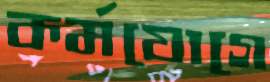
কর্মযোগে